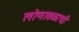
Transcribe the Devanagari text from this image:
लोणावळाची